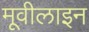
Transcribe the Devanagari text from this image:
मूवीलाइन